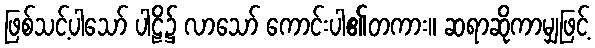
ဖြစ်သင့်ပါသော် ပါဠိ၌ လာသော် ကောင်းပါ၏တကား။ ဆရာဆိုကာမျှဖြင့်